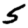
Digit: 5